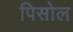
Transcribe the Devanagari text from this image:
पिसोल